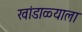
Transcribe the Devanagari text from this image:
खांडाळ्याला